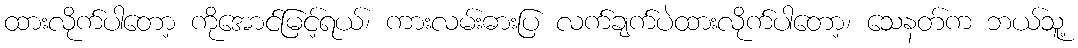
ထားလိုက်ပါတော့ ကိုအောင်မြင့်ရယ်၊ ကားလမ်းဓားပြ လက်ချက်ပဲထားလိုက်ပါတော့၊ သေနတ်က ဘယ်သူ့